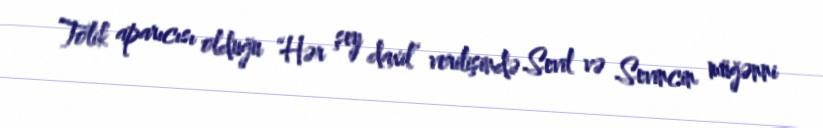
Tolik aparıcısı olduğu “Hər şey daxil” verilişində Sevil və Sevincin müğənni